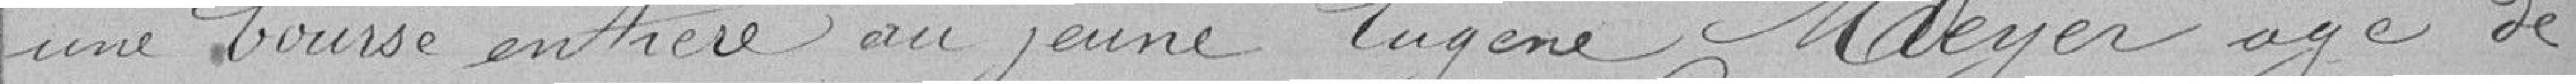
une bourse entière au jeune Eugène Meyer âgé de